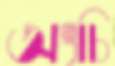
অংচি